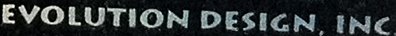
EVOLVYION DESIGN. INC